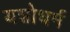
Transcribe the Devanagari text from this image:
यशोधर्म